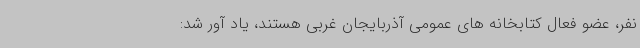
نفر، عضو فعال کتابخانه های عمومی آذربایجان غربی هستند، یاد آور شد: